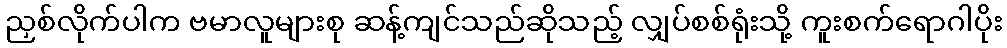
ညှစ်လိုက်ပါက ဗမာလူများစု ဆန့်ကျင်သည်ဆိုသည့် လျှပ်စစ်ရုံးသို့ ကူးစက်ရောဂါပိုး